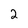
Character: 2